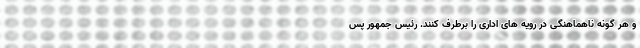
و هر گونه ناهماهنگی در رویه های اداری را برطرف کنند. رئیس جمهور پس